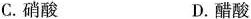
C.硝酸 D.醋酸